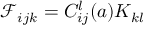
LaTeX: \mathcal { F } _ { i } { } _ { j k } = C _ { i j } ^ { l } ( a ) K _ { k l }